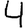
Digit: 4